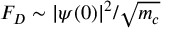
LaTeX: F _ { D } \sim \vert \psi ( 0 ) \vert ^ { 2 } / \sqrt { m _ { c } }